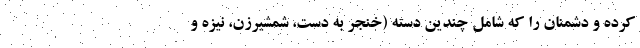
کرده و دشمنان را که شامل چندین دسته (خنجر به دست، شمشیرزن، نیزه و